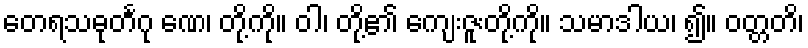
တေရသဓုင်္တဂု ဏေ၊ တို့ကို။ ဝါ၊ တို့၏ ကျေးဇူးတို့ကို။ သမာဒါယ၊ ၍။ ဝတ္တတိ၊